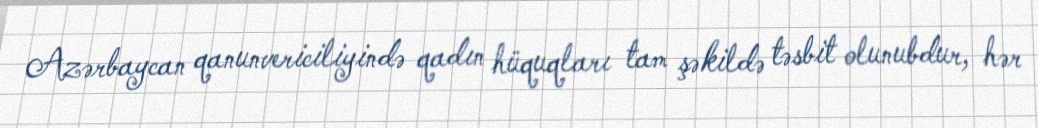
Azərbaycan qanunvericiliyində qadın hüquqları tam şəkildə təsbit olunubdur, hər